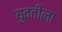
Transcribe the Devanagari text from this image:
युवतीला